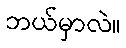
ဘယ်မှာလဲ။